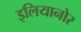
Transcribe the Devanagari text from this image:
इलियानोर